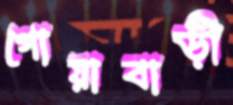
গোয়াবাড়ী